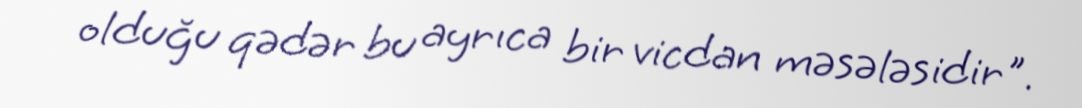
olduğu qədər bu ayrıca bir vicdan məsələsidir".